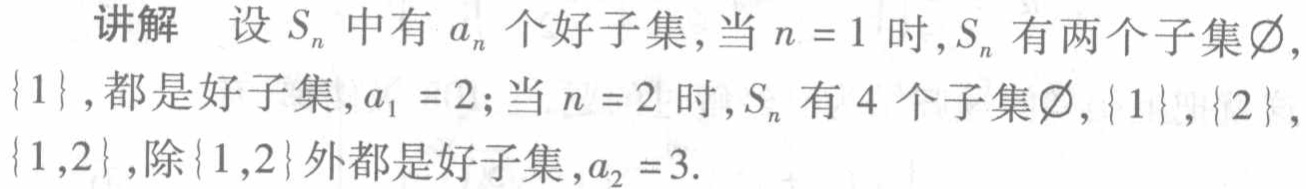
讲解 设\(S_{n}\)中有\(a_{n}\)个好子集,当\(n = 1\)时,\(S_{n}\)有两个子集\(\varnothing\),\(\{1\}\),都是好子集,\(a_{1}=2\);当\(n = 2\)时,\(S_{n}\)有\(4\)个子集\(\varnothing\),\(\{1\}\),\(\{2\}\),\(\{1,2\}\),除\(\{1,2\}\)外都是好子集,\(a_{2}=3\).